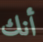
أنك